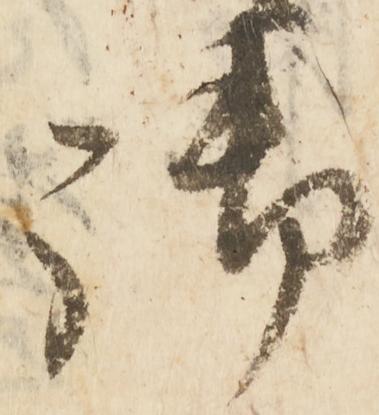
御